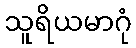
သူရိယမာဂုံ